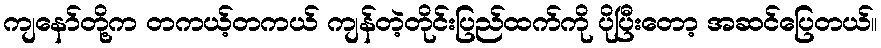
ကျနော်တို့က တကယ့်တကယ် ကျန်တဲ့တိုင်းပြည်ထက်ကို ပိုပြီးတော့ အဆင်ပြေတယ်။